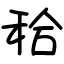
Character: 秴